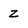
Character: Z